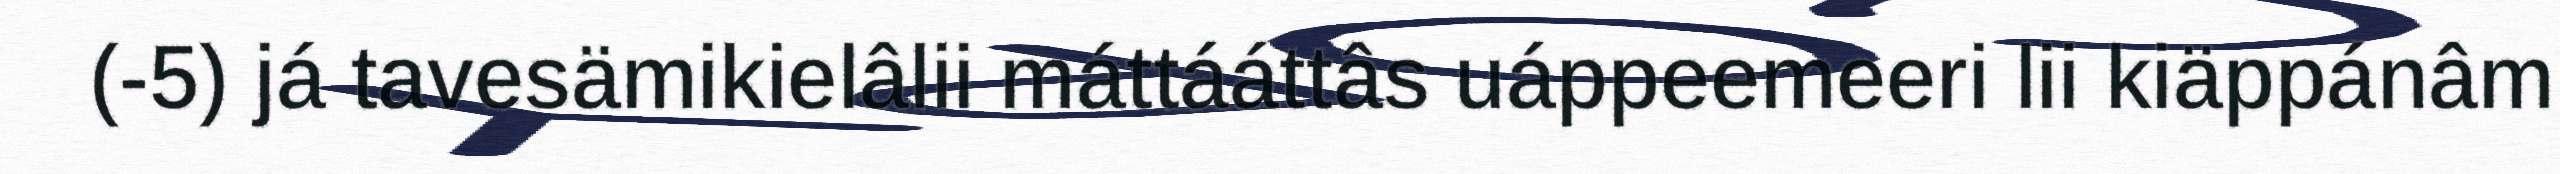
(-5) já tavesämikielâlii máttááttâs uáppeemeeri lii kiäppánâm